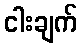
ငါးချက်